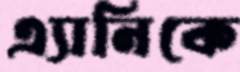
এ্যানিকে